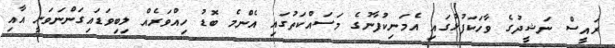
ރައީސް ނަޝީދުގެ ވާހަކަފުޅުގައި އެމަނިކުފާނުގެ މަސައްކަތުގައި އެންމެ ބޮޑު ހިއްވަރެއް ލިބިވަޑައިގަންނަވަނީ އާއި